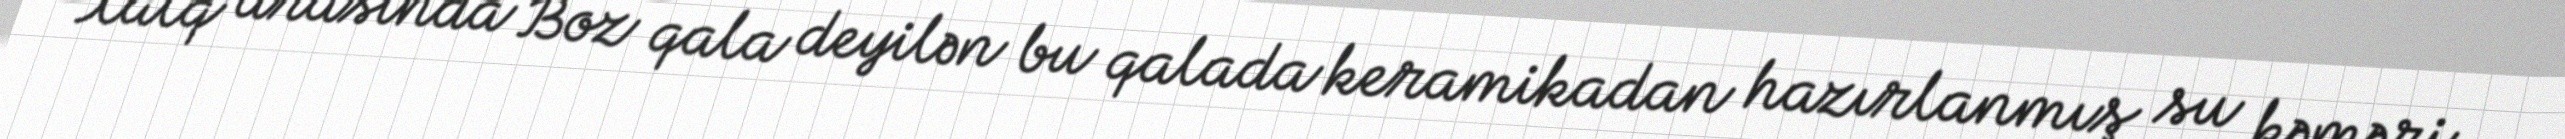
Xalq arasında Boz qala deyilən bu qalada keramikadan hazırlanmış su kəməri